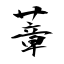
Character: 蔁